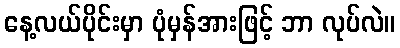
နေ့လယ်ပိုင်းမှာ ပုံမှန်အားဖြင့် ဘာ လုပ်လဲ။